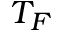
T _ { F }